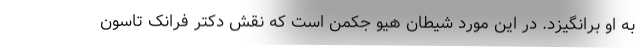
به او برانگیزد. در این مورد شیطان هیو جکمن است که نقش دکتر فرانک تاسون